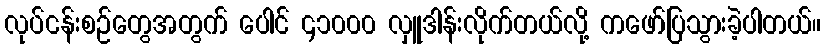
လုပ်ငန်းစဉ်တွေအတွက် ပေါင် ၄၁၀၀၀ လှူဒါန်းလိုက်တယ်လို့ ကဖော်ပြသွားခဲ့ပါတယ်။